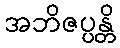
အဘိဇပ္ပန္တိ